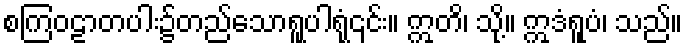
စကြဝဠာတပါး၌တည်သောရူပါရုံ၎င်း။ ဣတိ၊ သို့။ ဣဒံရူပံ၊ သည်။